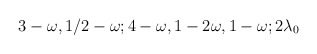
\begin{align*}3-\omega,1/2-\omega;4-\omega,1-2\omega,1-\omega;2\lambda_0\end{align*}